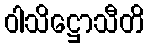
ဝါသိဋ္ဌောသီတိ